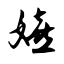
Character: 嬉